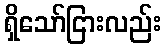
ရှိသော်ငြားလည်း